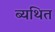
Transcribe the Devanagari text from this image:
ब्यथित